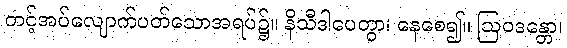
တင့်အပ်လျောက်ပတ်သောအရပ်၌။ နိသီဒါပေတွာ၊ နေစေ၍။ ဩဝဒန္တော၊